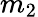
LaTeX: m_{2}